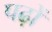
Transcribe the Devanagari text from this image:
पढ़ों